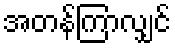
အတန်ကြာလျှင်